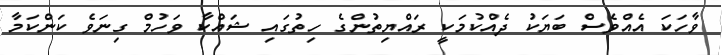
ވާހަކަ އެއްވެސް ބަޔަކު ދެއްކުމަކީ ރައްޔިތުންގެ ހިތުގައި ޝައްކާ ވަހުމް ގިނަވެ ކަންކަމާ